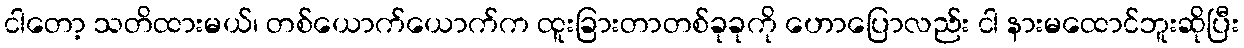
ငါတော့ သတိထားမယ်၊ တစ်ယောက်ယောက်က ထူးခြားတာတစ်ခုခုကို ဟောပြောလည်း ငါ နားမထောင်ဘူးဆိုပြီး